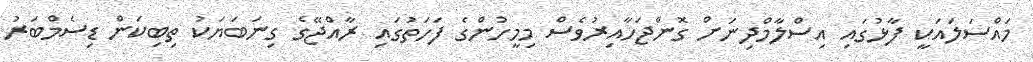
މައްސަލައަކީ ފާޅުގައި އިސްލާމްދިނަށް ގޮންޖަހާއިރުވެސް މިމީހުންގެ ފަހަތުގައި ރާއްޖޭގެ ގިނަބަޔަކު ތިބިކަން ޑިސެމްބަރު